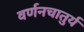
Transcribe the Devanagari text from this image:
वर्णनचातुर्य